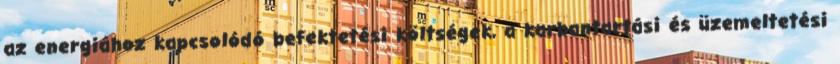
az energiához kapcsolódó befektetési költségek, a karbantartási és üzemeltetési